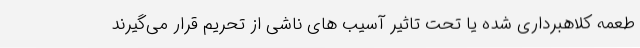
طعمه کلاهبرداری شده یا تحت تاثیر آسیب های ناشی از تحریم قرار می‌گیرند